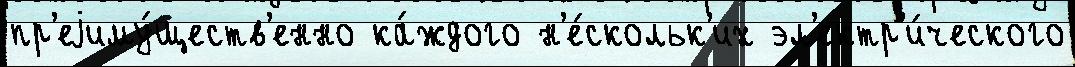
пр'еjиму́ществ'енно ка́ждого н'е́скольк'их эл'ектр'и́ческого